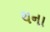
થના